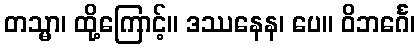
တသ္မာ၊ ထို့ကြောင့်။ ဒဿနေန၊ ပေ။ ဝိဘင်္ဂေ၊